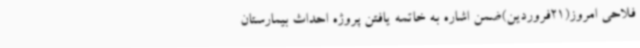
فلاحی امروز(21فروردین)ضمن اشاره به خاتمه یافتن پروژه احداث بیمارستان